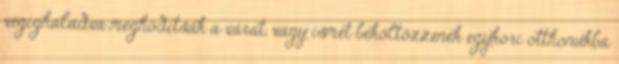
végighaladva meghódítsák a várat, vagy ismét beköltözzenek egykori otthonukba